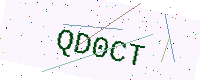
Text: QD0CT